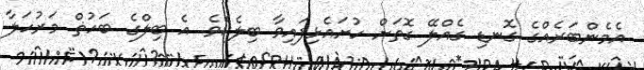
އެމެންބަރެއްގެ ގޮނޑި ގެއްލޭ ގޮތަށް ހުށައެޅިފައިވާ ބިލެކެވެ. އެ ބިލްގެ ބަހުޡް މަރުހަލާ